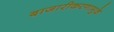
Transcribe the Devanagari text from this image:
बाजारीकरणामुळे